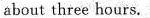
about three hours.